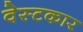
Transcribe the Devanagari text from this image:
वेस्टकार